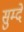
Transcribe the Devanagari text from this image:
सुम्दे